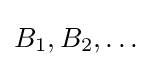
B_{1},B_{2},\ldots